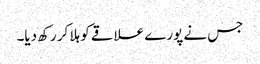
جس نے پورے علاقے کو ہلا کر رکھ دیا۔